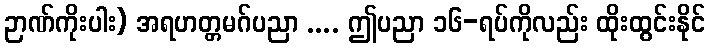
ဉာဏ်ကိုးပါး) အရဟတ္တမဂ်ပညာ .... ဤပညာ ၁၆-ရပ်ကိုလည်း ထိုးထွင်းနိုင်